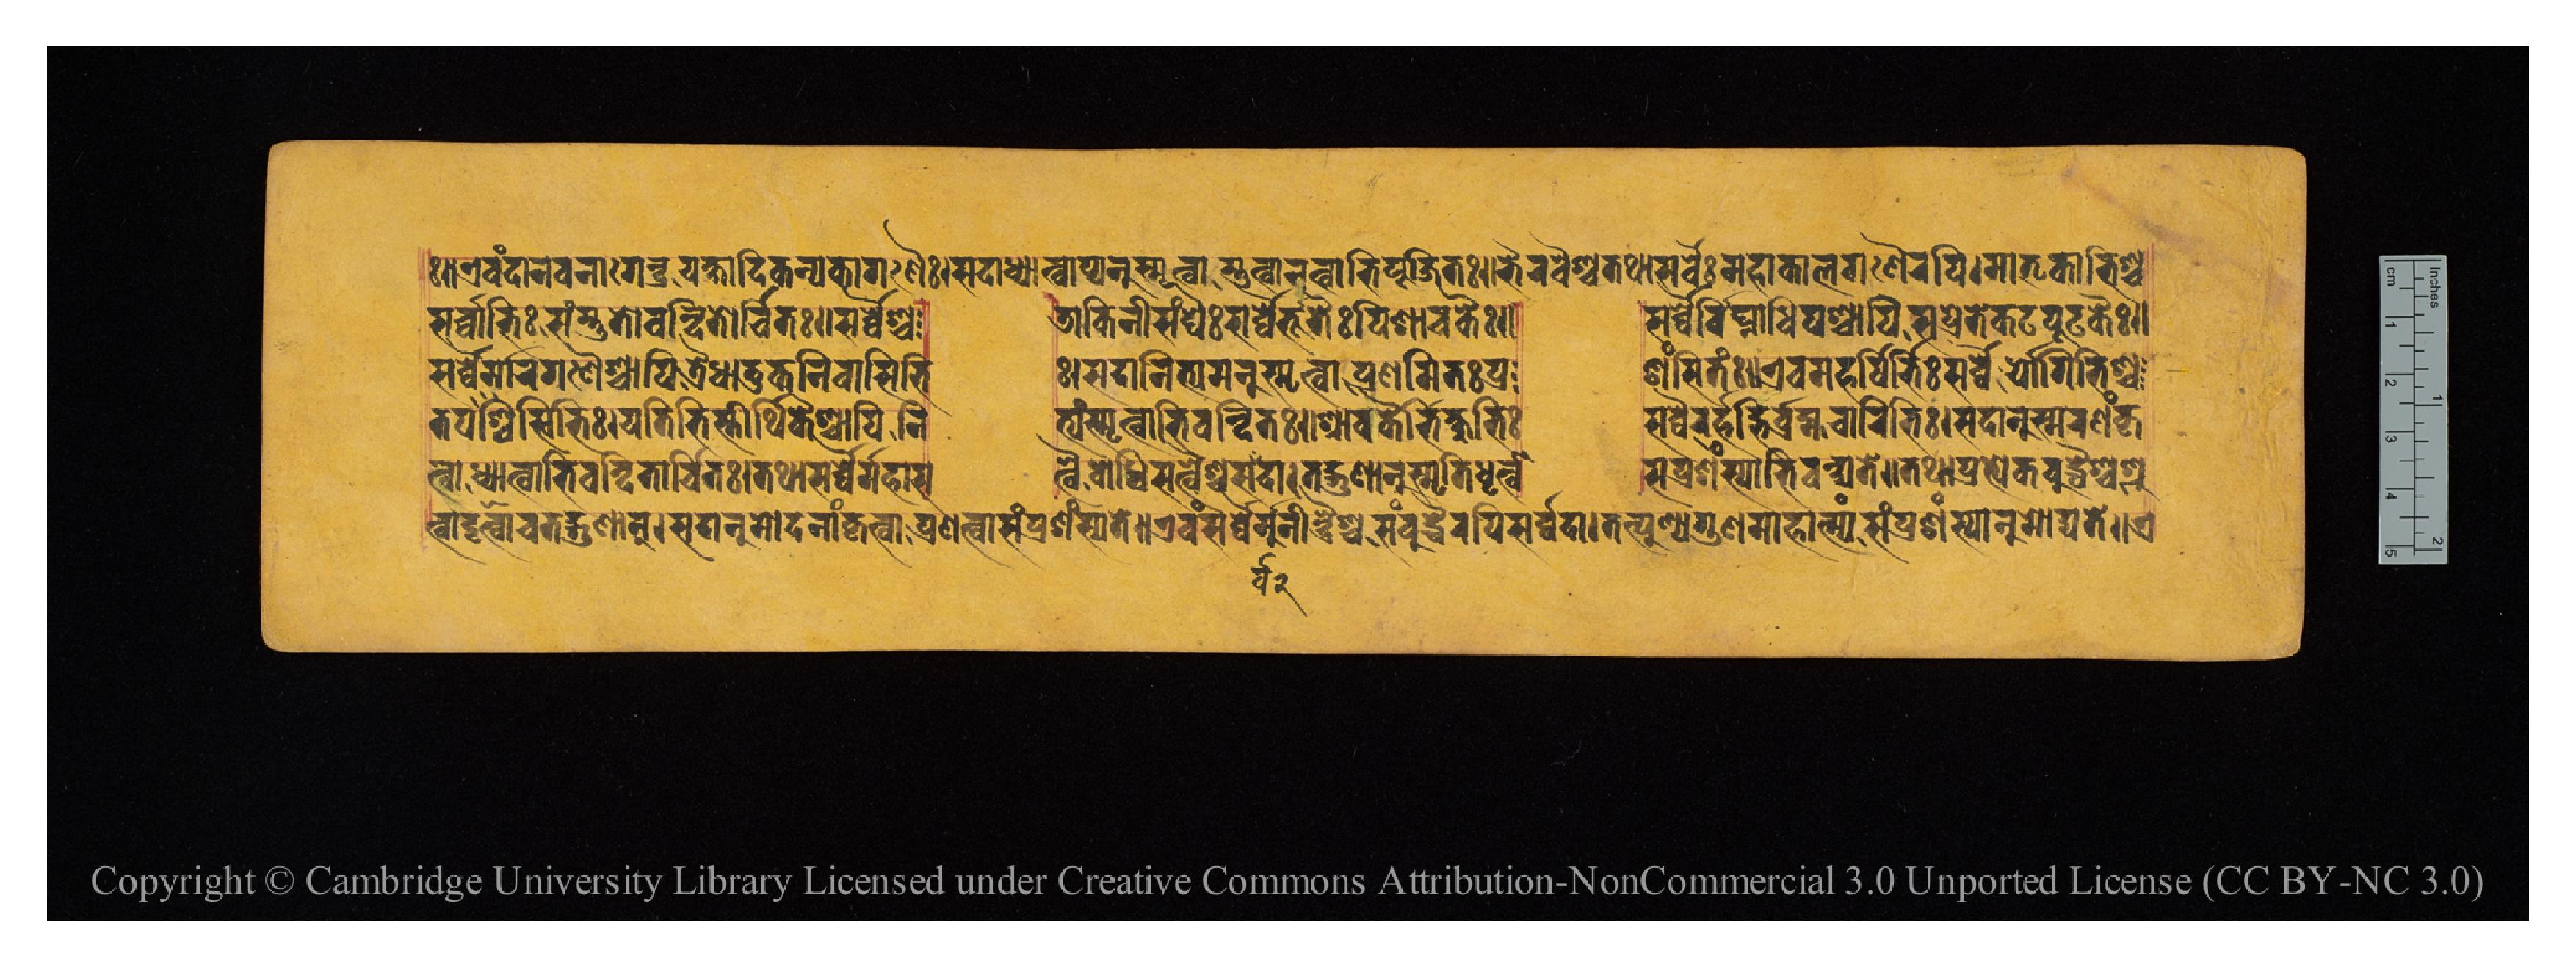
𑑅𑑌𑐊𑐰𑑄𑐡𑐵𑐣𑐰𑐣𑐵𑐐𑐾𑐣𑑂𑐡𑑂𑐬𑐫𑐎𑑂𑐲𑐵𑐡𑐶𑐎𑐣𑑂𑐫𑐎𑐵𑐐𑐞𑐿𑑅𑑋𑐳𑐡𑐵𑐢𑑂𑐫𑐵𑐟𑑂𑐰𑐵𑐥𑑂𑐫𑐣𑐸𑐳𑑂𑐩𑐺𑐟𑑂𑐰𑐵𑐳𑑂𑐟𑐸𑐟𑑂𑐰𑐵𑐣𑐟𑑂𑐰𑐵𑐨𑐶𑐥𑐹𑐖𑐶𑐟𑑅𑑌𑐨𑐿𑐬𑐰𑐿𑐱𑑂𑐔𑐟𑐠𑐵𑐳𑐬𑑂𑐰𑑂𑐰𑐿𑐬𑑂𑐩𑐴𑐵𑐎𑐵𑐮𑐐𑐞𑐿𑐬𑐥𑐶𑑋𑐩𑐵𑐟𑐺𑐎𑐵𑐱𑑂𑐨𑐶𑐱𑑂𑐔 𑐟𑑂𑐰𑐵𑐡𑐺𑐲𑑂𑐚𑑂𑐰𑐵𑐔𑐟𑐡𑑂𑐐𑐸𑐞𑐵𑐣𑑂𑑋𑐳𑐡𑐵𑐣𑐸𑐩𑑀𑐡𑐣𑐵𑑄𑐎𑐺𑐟𑑂𑐰𑐵𑐥𑑂𑐬𑐞𑐟𑑂𑐰𑐵𑐳𑑄𑐥𑑂𑐬𑐱𑑄𑐳𑑂𑐫𑐟𑐾𑑌𑐊𑐰𑑄𑐳𑐬𑑂𑐰𑑂𑐰𑐿𑐬𑑂𑐩𑐸𑐣𑐷𑐣𑑂𑐡𑑂𑐬𑐿𑐱𑑂𑐔𑐳𑑄𑐧𑐸𑐡𑑂𑐢𑐿𑐬𑐥𑐶𑐳𑐬𑑂𑐰𑑂𑐰𑐡𑐵𑑋𑐟𑐟𑑂𑐥𑐸𑐞𑑂𑐫𑐐𑐸𑐞𑐩𑐵𑐴𑐵𑐟𑑂𑐩𑑂𑐫𑑄𑐳𑑄𑐥𑑂𑐬𑐱𑑄𑐳𑑂𑐫𑐵𑐣𑐸𑐩𑑀𑐡𑑂𑐫𑐟𑐾𑑌𑐊 𑐟𑐥𑐳𑑂𑐰𑐶𑐨𑐶𑑅𑑋𑐫𑐟𑐶𑐨𑐶𑐳𑑂𑐟𑐷𑐬𑑂𑐠𑐶𑐎𑐿𑐱𑑂𑐔𑐵𑐥𑐶  𑐣𑐶𑐟𑑂𑐫𑑄𑐳𑑂𑐩𑐺𑐟𑑂𑐰𑐵𑐨𑐶𑐰𑐣𑑂𑐡𑐶𑐟𑑅𑑌𑐱𑑂𑐬𑐵𑐰𑐎𑐿𑐬𑑂𑐨𑐶𑐎𑑂𑐲𑐸𑐨𑐶𑑅  𑐳𑐬𑑂𑐰𑑂𑐰𑐿𑐬𑐬𑑂𑐴𑐡𑑂𑐨𑐶𑐬𑑂𑐧𑑂𑐬𑐴𑑂𑐩𑐔𑐵𑐬𑐶𑐨𑐶𑑅𑑋𑐳𑐡𑐵𑐣𑐸𑐳𑑂𑐩𑐬𑐞𑑄𑐎𑐺 𑐳𑐬𑑂𑐰𑑂𑐰𑐵𑐨𑐶𑑅𑐳𑑄𑐳𑑂𑐟𑐸𑐟𑑀𑐰𑐣𑑂𑐡𑐶𑐟𑑀𑐬𑑂𑐔𑐶𑐟𑑅𑑌𑐳𑐬𑑂𑐰𑑂𑐰𑐿𑐱𑑂𑐔  𑐜𑐵𑐎𑐶𑐣𑐷𑐳𑑄𑐑𑐿𑑅𑐳𑐬𑑂𑐰𑑂𑐰𑐿𑐬𑑂𑐨𑐹𑐟𑐿𑑅𑐥𑐶𑐱𑐵𑐔𑐎𑐿𑑅𑑌  𑐳𑐬𑑂𑐰𑑂𑐰𑐿𑐬𑑂𑐰𑐶𑐑𑑂𑐣𑐵𑐢𑐶𑐥𑐿𑐔𑐵𑐥𑐶𑐳𑐥𑑂𑐬𑐾𑐟𑐎𑐛𑐥𑐹𑐟𑐎𑐿𑑅𑑌 𑐳𑐬𑑂𑐰𑑂𑐰𑐿𑐬𑑂𑐩𑐵𑐬𑐐𑐞𑐿𑐱𑑂𑐔𑐵𑐥𑐶𑐟𑑂𑐬𑐿𑐢𑐵𑐟𑐸𑐎𑐣𑐶𑐰𑐵𑐳𑐶𑐨𑐶  𑑅𑑋𑐳𑐡𑐵𑐣𑐶𑐟𑑂𑐫𑐩𑐣𑐸𑐳𑑂𑐩𑐺𑐟𑑂𑐰𑐵𑐥𑑂𑐬𑐞𑐩𑐶𑐟𑑅𑐥𑑂𑐬  𑐱𑑄𑐳𑐶𑐟𑑅𑑋𑐊𑐰𑑄𑐩𑐴𑐬𑑂𑐲𑐶𑐨𑐶𑑅𑐳𑐬𑑂𑐰𑑂𑐰𑐿𑐬𑑂𑐫𑑀𑐐𑐶𑐨𑐶𑐱𑑂𑐔 𑐟𑑂𑐰𑐵𑐢𑑂𑐫𑐵𑐟𑑂𑐰𑐵𑐰𑐣𑑂𑐡𑐶𑐟𑐵𑐬𑑂𑐔𑐶𑐟𑑅𑑋𑐟𑐠𑐵𑐳𑐬𑑂𑐰𑑂𑐰𑐿𑐬𑑂𑐩𑐴𑐵𑐳  𑐟𑑂𑐰𑐿𑐬𑑂𑐧𑑀𑐢𑐶𑐳𑐟𑑂𑐰𑐿𑐱𑑂𑐰𑐳𑐬𑑂𑐰𑑂𑐰𑐡𑐵𑑋𑐟𑐡𑑂𑐐𑐸𑐞𑐵𑐣𑐸𑐳𑑂𑐩𑐺𑐟𑐶𑑄𑐢𑐺𑐟𑑂𑐰𑐵  𑐳𑐥𑑂𑐬𑐱𑑄𑐳𑑂𑐫𑑀𑐨𑐶𑐰𑐣𑑂𑐢𑑂𑐫𑐟𑐾𑑌𑐟𑐠𑐵𑐥𑑂𑐬𑐟𑑂𑐫𑐾𑐎𑐧𑐸𑐡𑑂𑐢𑐿𑐱𑑂𑐔𑐱𑑂𑐬𑐸